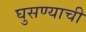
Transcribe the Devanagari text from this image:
घुसण्याची